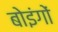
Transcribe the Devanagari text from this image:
बोइंगों